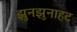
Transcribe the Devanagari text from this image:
झुनझुनाहट